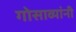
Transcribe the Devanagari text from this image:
गोसाव्यांनी